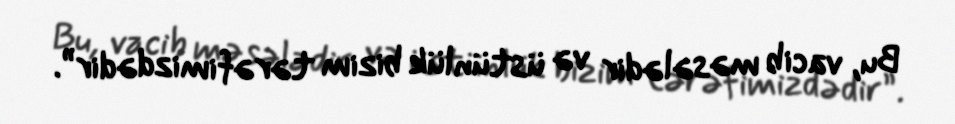
Bu, vacib məsələdir və üstünlük bizim tərəfimizdədir”.